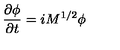
\frac { \partial \phi } { \partial t } = i M ^ { 1 / 2 } \phi